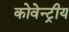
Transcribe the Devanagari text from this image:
कोवेन्ट्रीय